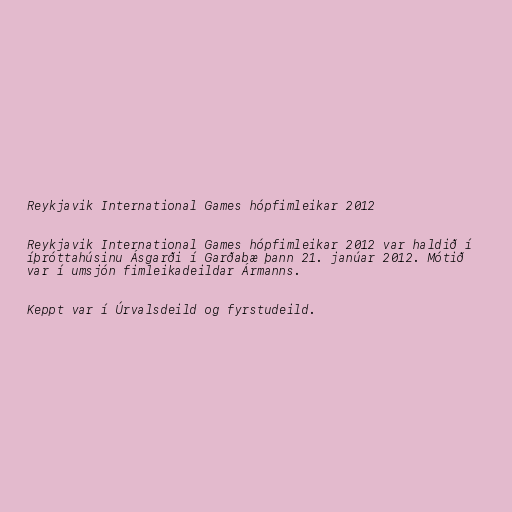
Reykjavik International Games hópfimleikar 2012

Reykjavik International Games hópfimleikar 2012 var haldið í
íþróttahúsinu Ásgarði í Garðabæ þann 21. janúar 2012. Mótið
var í umsjón fimleikadeildar Ármanns.

Keppt var í Úrvalsdeild og fyrstudeild.